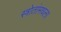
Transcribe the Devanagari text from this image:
स्त्रोतांमधला